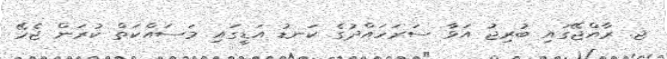
ޖ. ރާއްޖޭގައި ބުރިޖު އަޅާ ސަރަހައްދުގެ ކަނޑު އަޑީގައި މަސައްކަތް ކުރަން ޖެހޭ